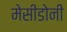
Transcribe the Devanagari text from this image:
मेसीडोनी